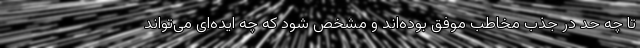
تا چه حد در جذب مخاطب موفق بوده‌اند و مشخص شود که چه ایده‌ای می‌تواند